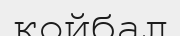
койбал